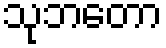
သုဘတော